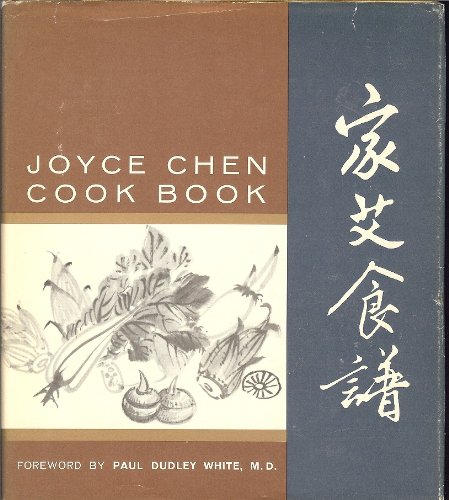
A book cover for Joyce Chen Cook Book (English and Traditional Chinese Edition); Joyce Chen; Cookbooks, Food & Wine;